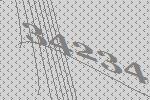
34234